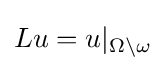
Lu=u|_{\Omega \backslash \omega }